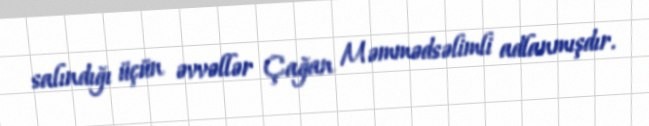
salındığı üçün əvvəllər Çağan Məmmədsəlimli adlanmışdır.